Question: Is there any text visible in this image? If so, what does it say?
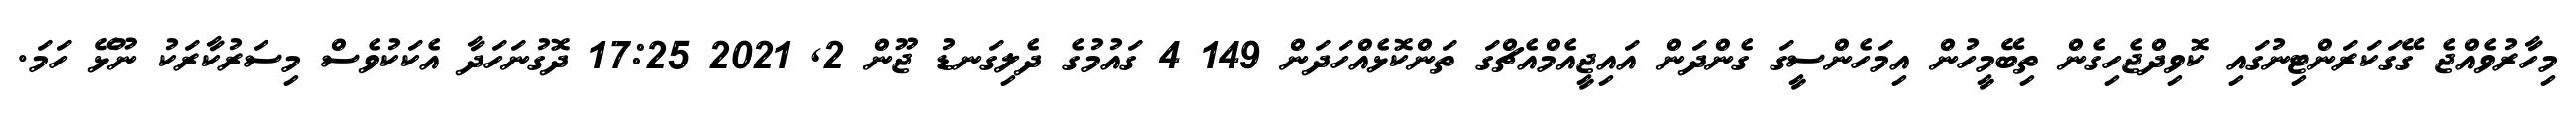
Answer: މިހާރުވެއްޖެ ގޭގަކަރަންޓިނުގައި ކޮވިދްޖެހިގެން ތިބޭމީހުން އިމަހެންސީގަ ގެންދަން އައިޖީއެމްއެޗްގަ ތަންކޮޅެއްހަދަން 149 4 ގައުމުގެ ދެލިގަނޑު ޖޫން 2, 2021 17:25 ދޮގުނަހަދާ އެކަކުވެސް މިސަރުކާރަކު ނޫޅޭ ހަމަ.